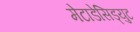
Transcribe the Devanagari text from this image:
मेटाडेसिड्युट